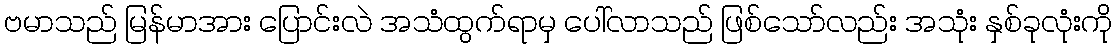
ဗမာသည် မြန်မာအား ပြောင်းလဲ အသံထွက်ရာမှ ပေါ်လာသည် ဖြစ်သော်လည်း အသုံး နှစ်ခုလုံးကို